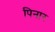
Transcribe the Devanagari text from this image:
पिनार